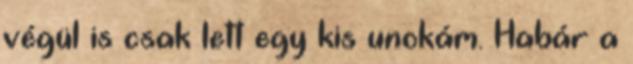
végül is csak lett egy kis unokám. Habár a